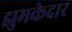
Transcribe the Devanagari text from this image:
झुमकेदार